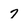
Character: 7